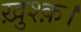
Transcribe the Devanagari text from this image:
ख़ुश्क़।